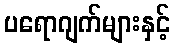
ပရောဂျက်များနှင့်